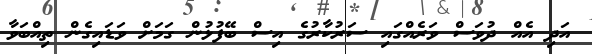
އަދި އެއް ދުވަސް ވަރެއްގައި ސަރުކާރުގެ އިސް ބޭފުޅުން ގަމަށް ވަޑައިގެން ތިއްބަވާ